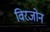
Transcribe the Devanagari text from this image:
विरजोन